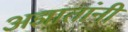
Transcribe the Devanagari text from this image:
अज्ञातांनी